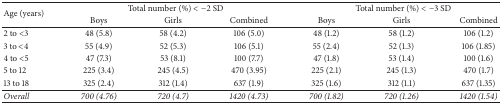
<table><thead><tr><td rowspan="2"><b>Age (years)</b></td><td colspan="3"><b>Total number (%) &lt; −2 SD</b></td><td colspan="3"><b>Total number (%) &lt; −3 SD</b></td></tr><tr><td><b>Boys</b></td><td><b>Girls</b></td><td><b>Combined</b></td><td><b>Boys</b></td><td><b>Girls</b></td><td><b>Combined</b></td></tr></thead><tbody><tr><td>2 to &lt;3</td><td>48 (5.8)</td><td>58 (4.2)</td><td>106 (5.0)</td><td>48 (1.2)</td><td>58 (1.2)</td><td>106 (1.2)</td></tr><tr><td>3 to &lt;4</td><td>55 (4.9)</td><td> 52 (5.3)</td><td>106 (5.1)</td><td>55 (2.4)</td><td> 52 (1.3)</td><td>106 (1.85)</td></tr><tr><td>4 to &lt;5</td><td>47 (7.3)</td><td>53 (8.1)</td><td>100 (7.7)</td><td>47 (1.8)</td><td>53 (1.4)</td><td>100 (1.6)</td></tr><tr><td>5 to 12</td><td>225 (3.4)</td><td>245 (4.5)</td><td>470 (3.95)</td><td>225 (2.1)</td><td>245 (1.3)</td><td>470 (1.7)</td></tr><tr><td>13 to 18</td><td>325 (2.4)</td><td>312 (1.4)</td><td>637 (1.9)</td><td>325 (1.6)</td><td>312 (1.1)</td><td>637 (1.35)</td></tr><tr><td><i>Overall</i></td><td><i>700 (4.76)</i></td><td><i>720 (4.7)</i></td><td><i>1420 (4.73)</i></td><td><i>700 (1.82)</i></td><td><i>720 (1.26)</i></td><td><i>1420 (1.54)</i></td></tr></tbody></table>